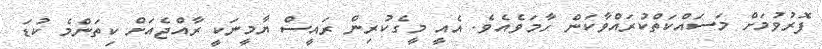
ފޮރުވުމަށް މަސައްކަތްކުރައްވާކަން ހާމަވެއެވެ. އެއީ މީގެކުރިން ރައީސް ޔާމީނަކީ ރާއްޖެއަށް ކިތަންމެ ކުޑަ